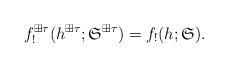
LaTeX: \begin{align*}f^{\boxplus\tau}_{!}(h^{\boxplus\tau};\frak S^{\boxplus\tau})=f_{!}(h;\frak S).\end{align*}